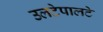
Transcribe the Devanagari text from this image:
उलटेपालटे